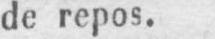
de repos.